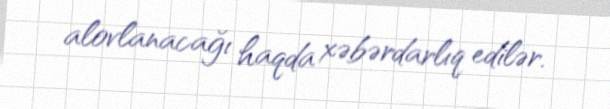
alovlanacağı haqda xəbərdarlıq edilər.